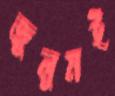
জুলুমই